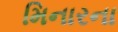
મિનારના